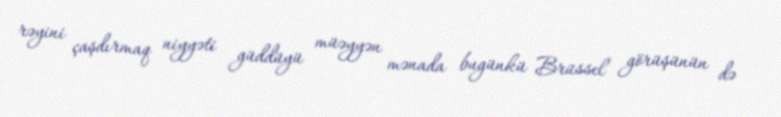
rəyini çaşdırmaq niyyəti güddüyü müəyyən mənada bugünkü Brüssel görüşünün də